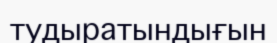
тудыратындығын